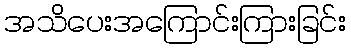
အသိပေးအကြောင်းကြားခြင်း